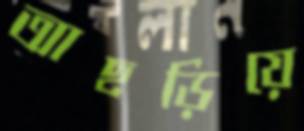
আছড়িয়ে